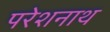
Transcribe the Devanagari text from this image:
परेशनाथ